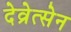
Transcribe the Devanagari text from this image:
देव्रेत्सेन